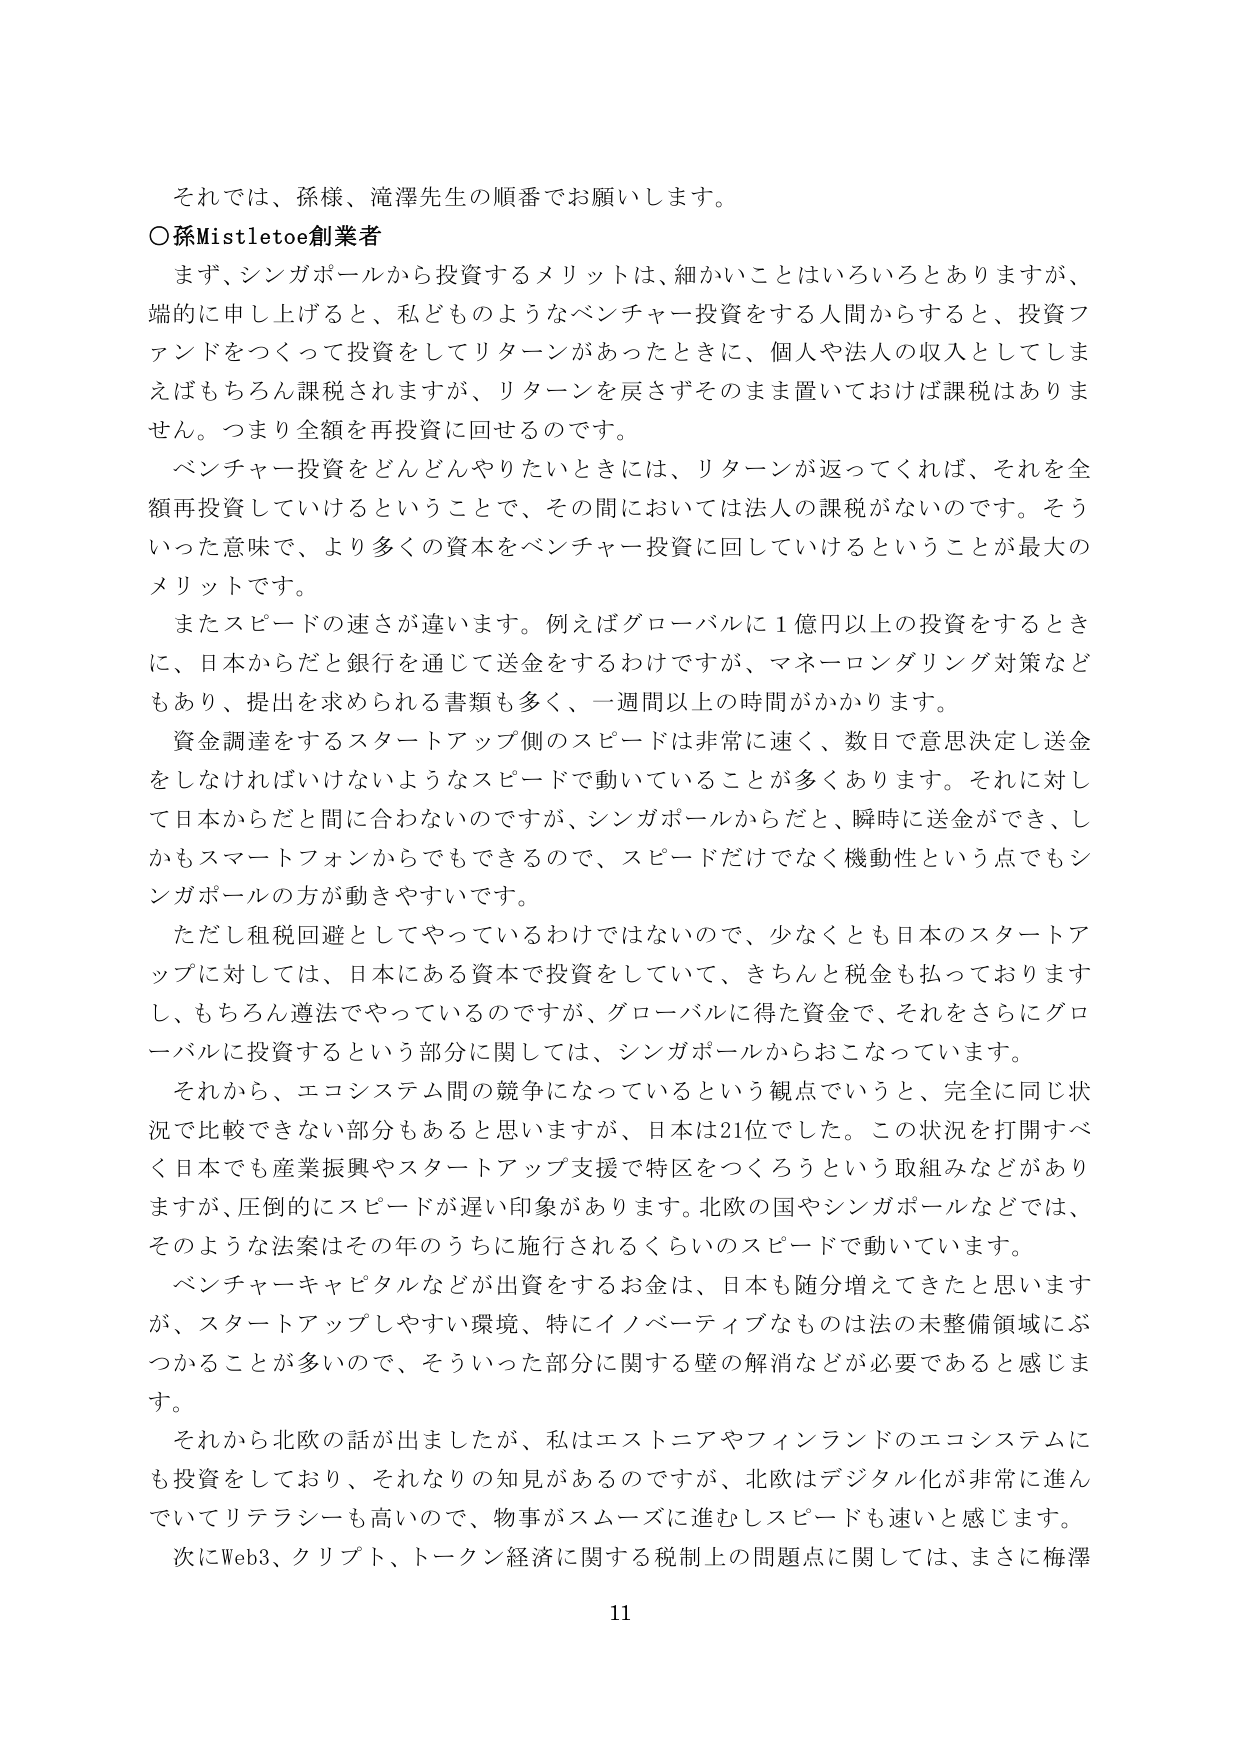
それでは、孫様、滝澤先生の順番でお願いします。

○孫Mistletoe創業者

まず、シンガポールから投資するメリットは、細かいことはいろいろとありますが、
端的に申し上げると、私どものようなベンチャー投資をする人間からすると、投資ファンドをつくって投資をしてリターンがあったときに、個人や法人の収入としてしまえばもちろん課税されますが、リターンを戻さずそのまま置いておけば課税はありません。つまり全額を再投資に回せるのです。

ベンチャー投資をどんどんやりたいときには、リターンが返ってくれば、それを全額再投資していけるということで、その間においては法人の課税がないのです。そういった意味で、より多くの資本をベンチャー投資に回していけるということが最大のメリットです。

またスピードの速さが違います。例えばグローバルに1億円以上の投資をするときに、日本からだと銀行を通じて送金をするわけですが、マネーロンダリング対策などもあり、提出を求められる書類も多く、一週間以上の時間がかかります。

資金調達をするスタートアップ側のスピードは非常に速く、数日で意思決定し送金をしなければいけないようなスピードで動いていることが多くあります。それに対して日本からだと間に合わないのですが、シンガポールからだと、瞬時に送金ができ、しかもスマートフォンからでもできるので、スピードだけでなく機動性という点でもシンガポールの方が動きやすいです。

ただし租税回避としてやっているわけではないので、少なくとも日本のスタートアップに対しては、日本にある資本で投資をしていて、きちんと税金も払っておりますし、もちろん遵法でやっているのですが、グローバルに得た資金で、それをさらにグローバルに投資するという部分に関しては、シンガポールからおこなっています。

それから、エコシステム間の競争になっているという観点でいうと、完全に同じ状況で比較できない部分もあると思いますが、日本は21位でした。この状況を打開すべく日本でも産業振興やスタートアップ支援で特区をつくろうという取組みなどがありますが、圧倒的にスピードが遅い印象があります。北欧の国やシンガポールなどでは、そのような法案はその年のうちに施行されるくらいのスピードで動いています。

ベンチャーキャピタルなどが出資をするお金は、日本も随分増えてきたと思いますが、スタートアップしやすい環境、特にイノベーティブなものは法の未整備領域にぶつかることが多いので、そういった部分に関する壁の解消などが必要であると感じます。

それから北欧の話が出ましたが、私はエストニアやフィンランドのエコシステムにも投資をしており、それなりの知見があるのですが、北欧はデジタル化が非常に進んでいてリテラシーも高いので、物事がスムーズに進むしスピードも速いと感じます。

次にWeb3、クリプト、トークン経済に関する税制上の問題点に関しては、まさに梅澤

11